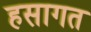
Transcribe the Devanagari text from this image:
हसागत